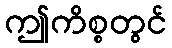
ဤကိစ္စတွင်